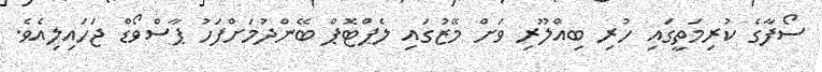
ސޯފާގެ ކުރިމަތީގައި ހުރި ބިއްލޫރި ވަށް މޭޒުގައި ލެޕްޓޮޕް ބޭންދުމަށްފަހު ޕާސްވޯޑް ޖަހައިލިއެވެ.